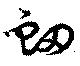
衂